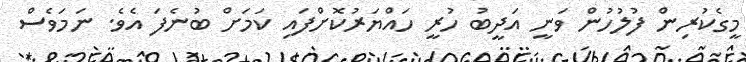
މީގެކުރިން ފުލުހުން ވަނީ އަދީބު ހުރީ ހައްޔަރުކޮށްފައި ކަމަށް ބުނެފަ އެވެ. ނަމަވެސް